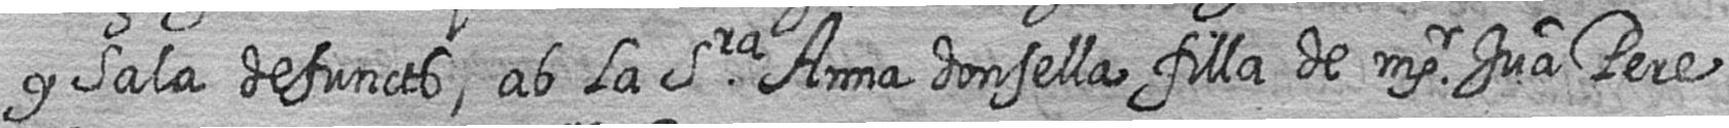
y Sala defuncts ab la Sra Anna donsella filla de msr Jua Pere